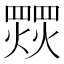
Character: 𱬠